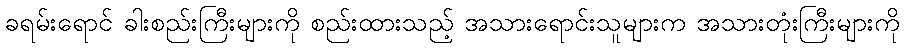
ခရမ်းရောင် ခါးစည်းကြီးများကို စည်းထားသည့် အသားရောင်းသူများက အသားတုံးကြီးများကို